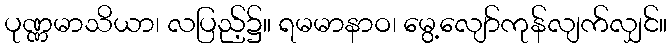
ပုဏ္ဏမာသိယာ၊ လပြည့်၌။ ရမမာနာဝ၊ မွေ့လျော်ကုန်လျက်လျှင်။